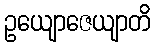
ဥယျောဇေယျာတိ